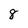
Character: 8